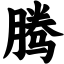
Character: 腾